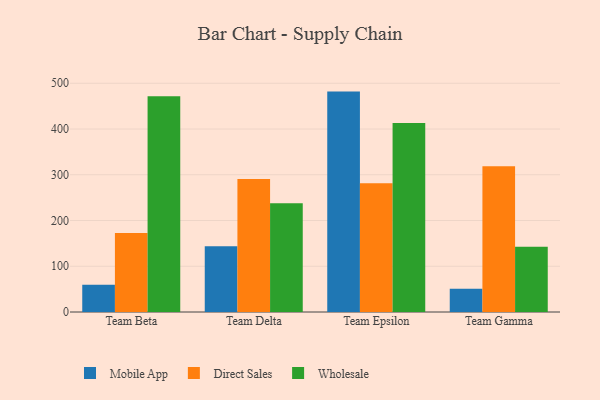
{"axis": {"x": "Team", "y": "Satisfaction Score"}, "legend": ["Direct Sales", "Mobile App", "Wholesale"], "data": [{"x": "Team Beta", "y": 59.5, "type": "Mobile App"}, {"x": "Team Beta", "y": 172.5, "type": "Direct Sales"}, {"x": "Team Beta", "y": 471.5, "type": "Wholesale"}, {"x": "Team Delta", "y": 144.0, "type": "Mobile App"}, {"x": "Team Delta", "y": 291.0, "type": "Direct Sales"}, {"x": "Team Delta", "y": 237.6, "type": "Wholesale"}, {"x": "Team Epsilon", "y": 481.8, "type": "Mobile App"}, {"x": "Team Epsilon", "y": 281.6, "type": "Direct Sales"}, {"x": "Team Epsilon", "y": 413.2, "type": "Wholesale"}, {"x": "Team Gamma", "y": 50.6, "type": "Mobile App"}, {"x": "Team Gamma", "y": 318.5, "type": "Direct Sales"}, {"x": "Team Gamma", "y": 142.8, "type": "Wholesale"}]}